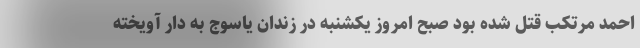
احمد مرتکب قتل شده بود صبح امروز یکشنبه در زندان یاسوج به دار آویخته